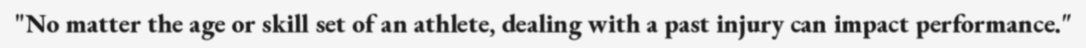
"No matter the age or skill set of an athlete, dealing with a past injury can impact performance."